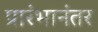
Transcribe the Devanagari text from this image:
प्रारंभानंतर